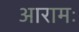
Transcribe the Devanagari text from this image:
आरामः